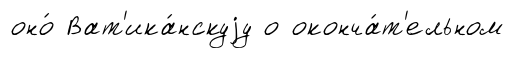
оно́ Ват'ика́нскуjу о оконча́т'ельном